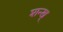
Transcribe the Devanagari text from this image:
शन्ख्